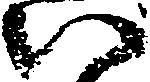
い